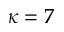
\kappa = 7